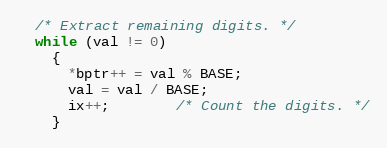
Language: C++
  /* Extract remaining digits. */
  while (val != 0)
    {
      *bptr++ = val % BASE;
      val = val / BASE;
      ix++; 		/* Count the digits. */
    }